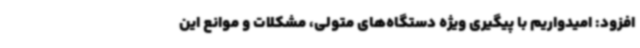
افزود: امیدواریم با پیگیری ویژه دستگاه‌های متولی، مشکلات و موانع این